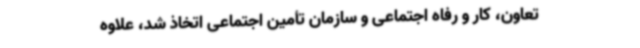
تعاون، کار و رفاه اجتماعی و سازمان تأمین ‌اجتماعی اتخاذ شد، علاوه